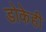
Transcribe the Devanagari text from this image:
डोकेही